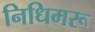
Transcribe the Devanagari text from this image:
निधिमरू